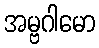
အမ္ဗဂါမော